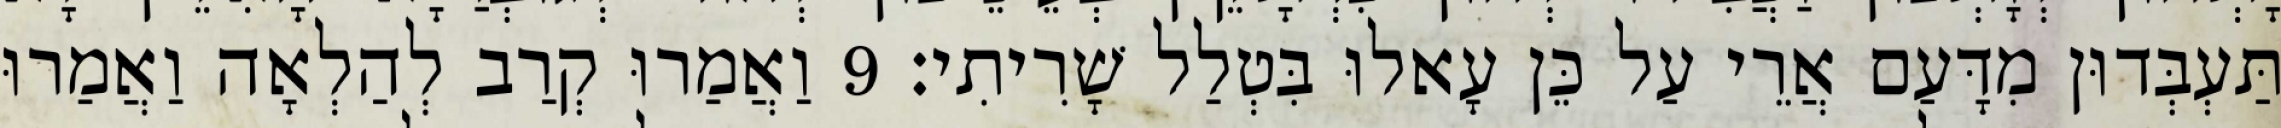
תַּעְבְּדוּן מִדָּעַם אֲרֵי עַל כֵּן עָאלוּ בִּטְלַל שָׁרִיתִי׃ 9 וַאֲמַרוּ קְרַב לְהַלְאָה וַאֲמַרוּ